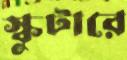
স্কুটারে